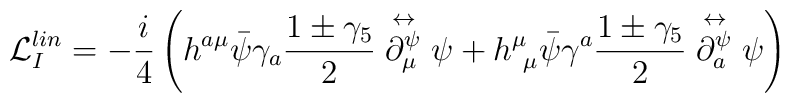
\mathcal{L}^{lin}_{I} = - \frac{i}{4} \left( h^{a\mu} \bar\psi \gamma_{a} \frac{1\pm\gamma_{5}}{2} \stackrel{\leftrightarrow}{\partial^{\psi}_{\mu}} \psi + h^{\mu}_{\ \mu} \bar\psi \gamma^{a} \frac{1\pm\gamma_{5}}{2} \stackrel{\leftrightarrow}{\partial^{\psi}_{a}} \psi \right)